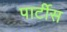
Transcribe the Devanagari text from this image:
पार्टीस